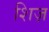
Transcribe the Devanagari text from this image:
शिज़